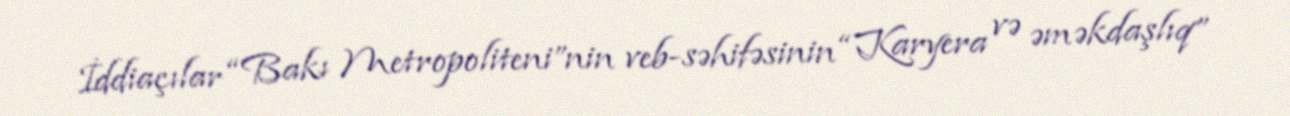
İddiaçılar “Bakı Metropoliteni”nin veb-səhifəsinin “Karyera və əməkdaşlıq”